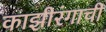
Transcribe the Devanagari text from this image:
काझीरंगाची